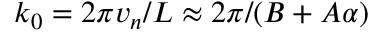
k _ { 0 } = 2 \pi v _ { n } / L \approx 2 \pi / ( B + A \alpha )